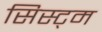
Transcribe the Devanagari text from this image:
सिस्ट्म